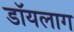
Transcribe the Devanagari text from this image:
डॉयलाग